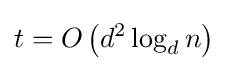
t=O\left(d^{2}\log _{d}n\right)